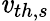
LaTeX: \mathit{v}_{th,s}